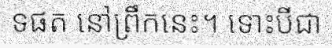
ទផត នៅព្រឹកនេះ។ ទោះបីជា